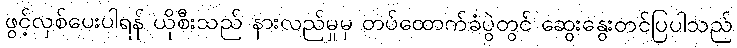
ဖွင့်လှစ်ပေးပါရန် ယိုစီးသည် နားလည်မှုမှ တပ်ထောက်ခံပွဲတွင် ဆွေးနွေးတင်ပြပါသည်